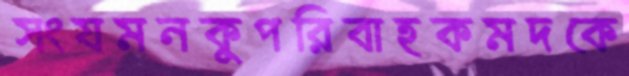
সংযমনকুপরিবাহকমদকে